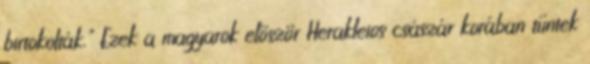
birtokolták." Ezek a magyarok először Herakleios császár korában tűntek